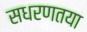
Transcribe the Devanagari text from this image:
सधरणतया